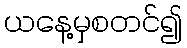
ယနေ့မှစတင်၍